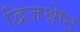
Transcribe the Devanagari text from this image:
द्विजश्रेष्ट